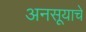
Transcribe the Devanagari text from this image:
अनसूयाचे